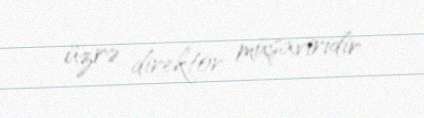
üzrə direktor müşaviridir.